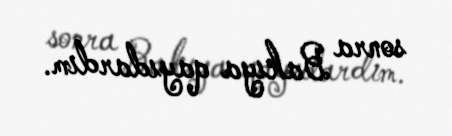
sonra Bakıya qayıdardım.